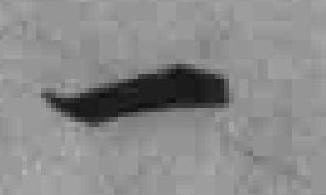
一